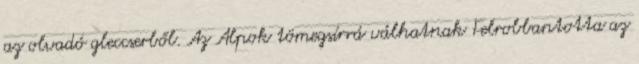
az olvadó gleccserből. Az Alpok tömegsírrá válhatnak Felrobbantotta az